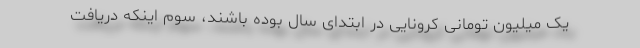
یک میلیون تومانی کرونایی در ابتدای سال بوده باشند، سوم اینکه دریافت